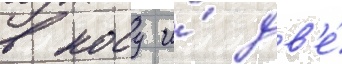
в носу и́ дв'е́